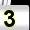
Digit: 3